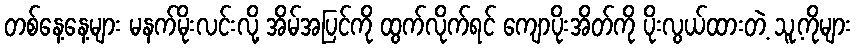
တစ်နေ့နေ့များ မနက်မိုးလင်းလို့ အိမ်အပြင်ကို ထွက်လိုက်ရင် ကျောပိုးအိတ်ကို ပိုးလွယ်ထားတဲ့ သူ့ကိုများ